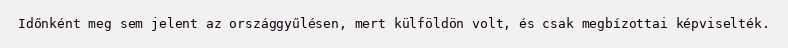
Időnként meg sem jelent az országgyűlésen, mert külföldön volt, és csak megbízottai képviselték.